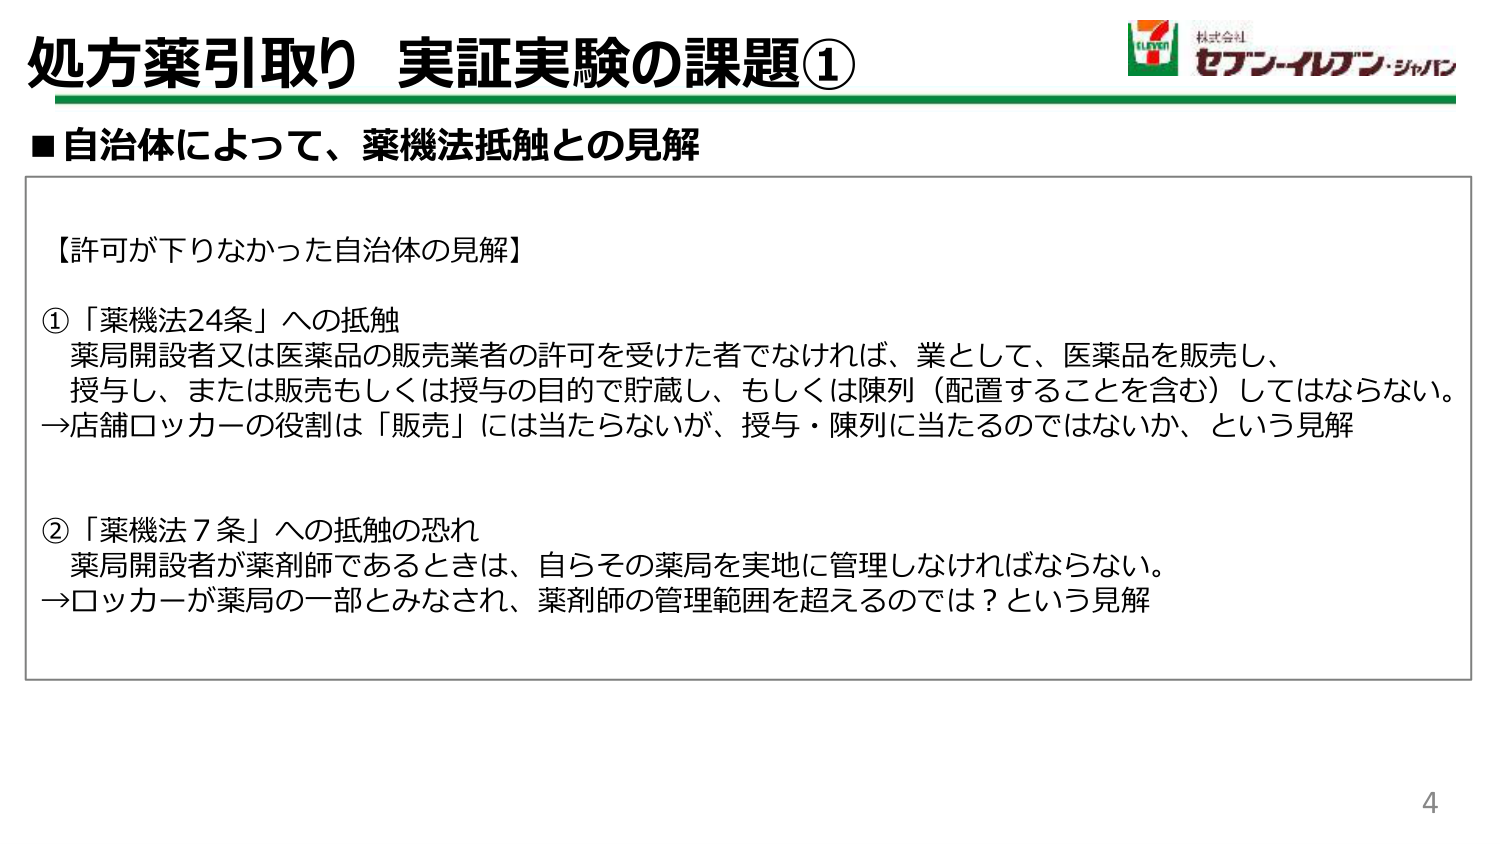
処方薬引取り 実証実験の課題①

■自治体によって、薬機法抵触との見解

【許可が下りなかった自治体の見解】

①「薬機法24条」への抵触
薬局開設者又は医薬品の販売業者の許可を受けた者でなければ、業として、医薬品を販売し、
授与し、または販売もしくは授与の目的で貯蔵し、もしくは陳列（配置することを含む）してはならない。
→店舗ロッカーの役割は「販売」には当たらないが、授与・陳列に当たるのではないか、という見解

②「薬機法7条」への抵触の恐れ
薬局開設者が薬剤師であるときは、自らその薬局を実地に管理しなければならない。
→ロッカーが薬局の一部とみなされ、薬剤師の管理範囲を超えるのでは？という見解

4

（右上ロゴ）
7 ELEVEN
株式会社
セブン-イレブン・ジャパン